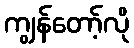
ကျွန်တော့်လို